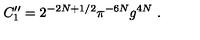
C _ { 1 } ^ { \prime \prime } = 2 ^ { - 2 N + 1 / 2 } \pi ^ { - 6 N } g ^ { 4 N } \ .